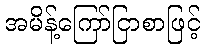
အမိန့်ကြော်ငြာစာဖြင့်